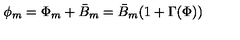
\phi _ { m } = \Phi _ { m } + \bar { B } _ { m } = \bar { B } _ { m } ( 1 + \Gamma ( \Phi ) )